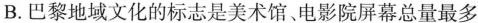
B.巴黎地域文化的标志是美术馆、电影院屏幕总量最多